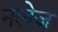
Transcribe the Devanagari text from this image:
नलेज